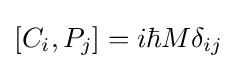
[C_{i},P_{j}]=i\hbar M\delta _{ij}~